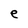
Character: e